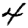
Digit: 4